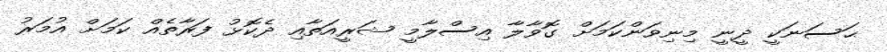
ޙަސަނަކީ ދީނީ މިނިވަންކަމަށް ގޮވާލާ އިސްލާމީ ޝަރީއަތާއި ދެކޮޅު ފަރާތެއް ކަމަށް އުމަރު